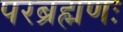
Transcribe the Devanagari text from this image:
परब्रह्मणः